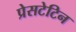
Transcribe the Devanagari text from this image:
प्रेसटेटिन